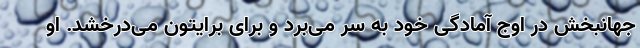
جهانبخش در اوج آمادگی خود به سر می‌برد و برای برایتون می‌درخشد. او